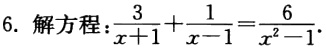
6. 解方程：$\frac{3}{x + 1} + \frac{1}{x - 1} = \frac{6}{x^{2} - 1}$.